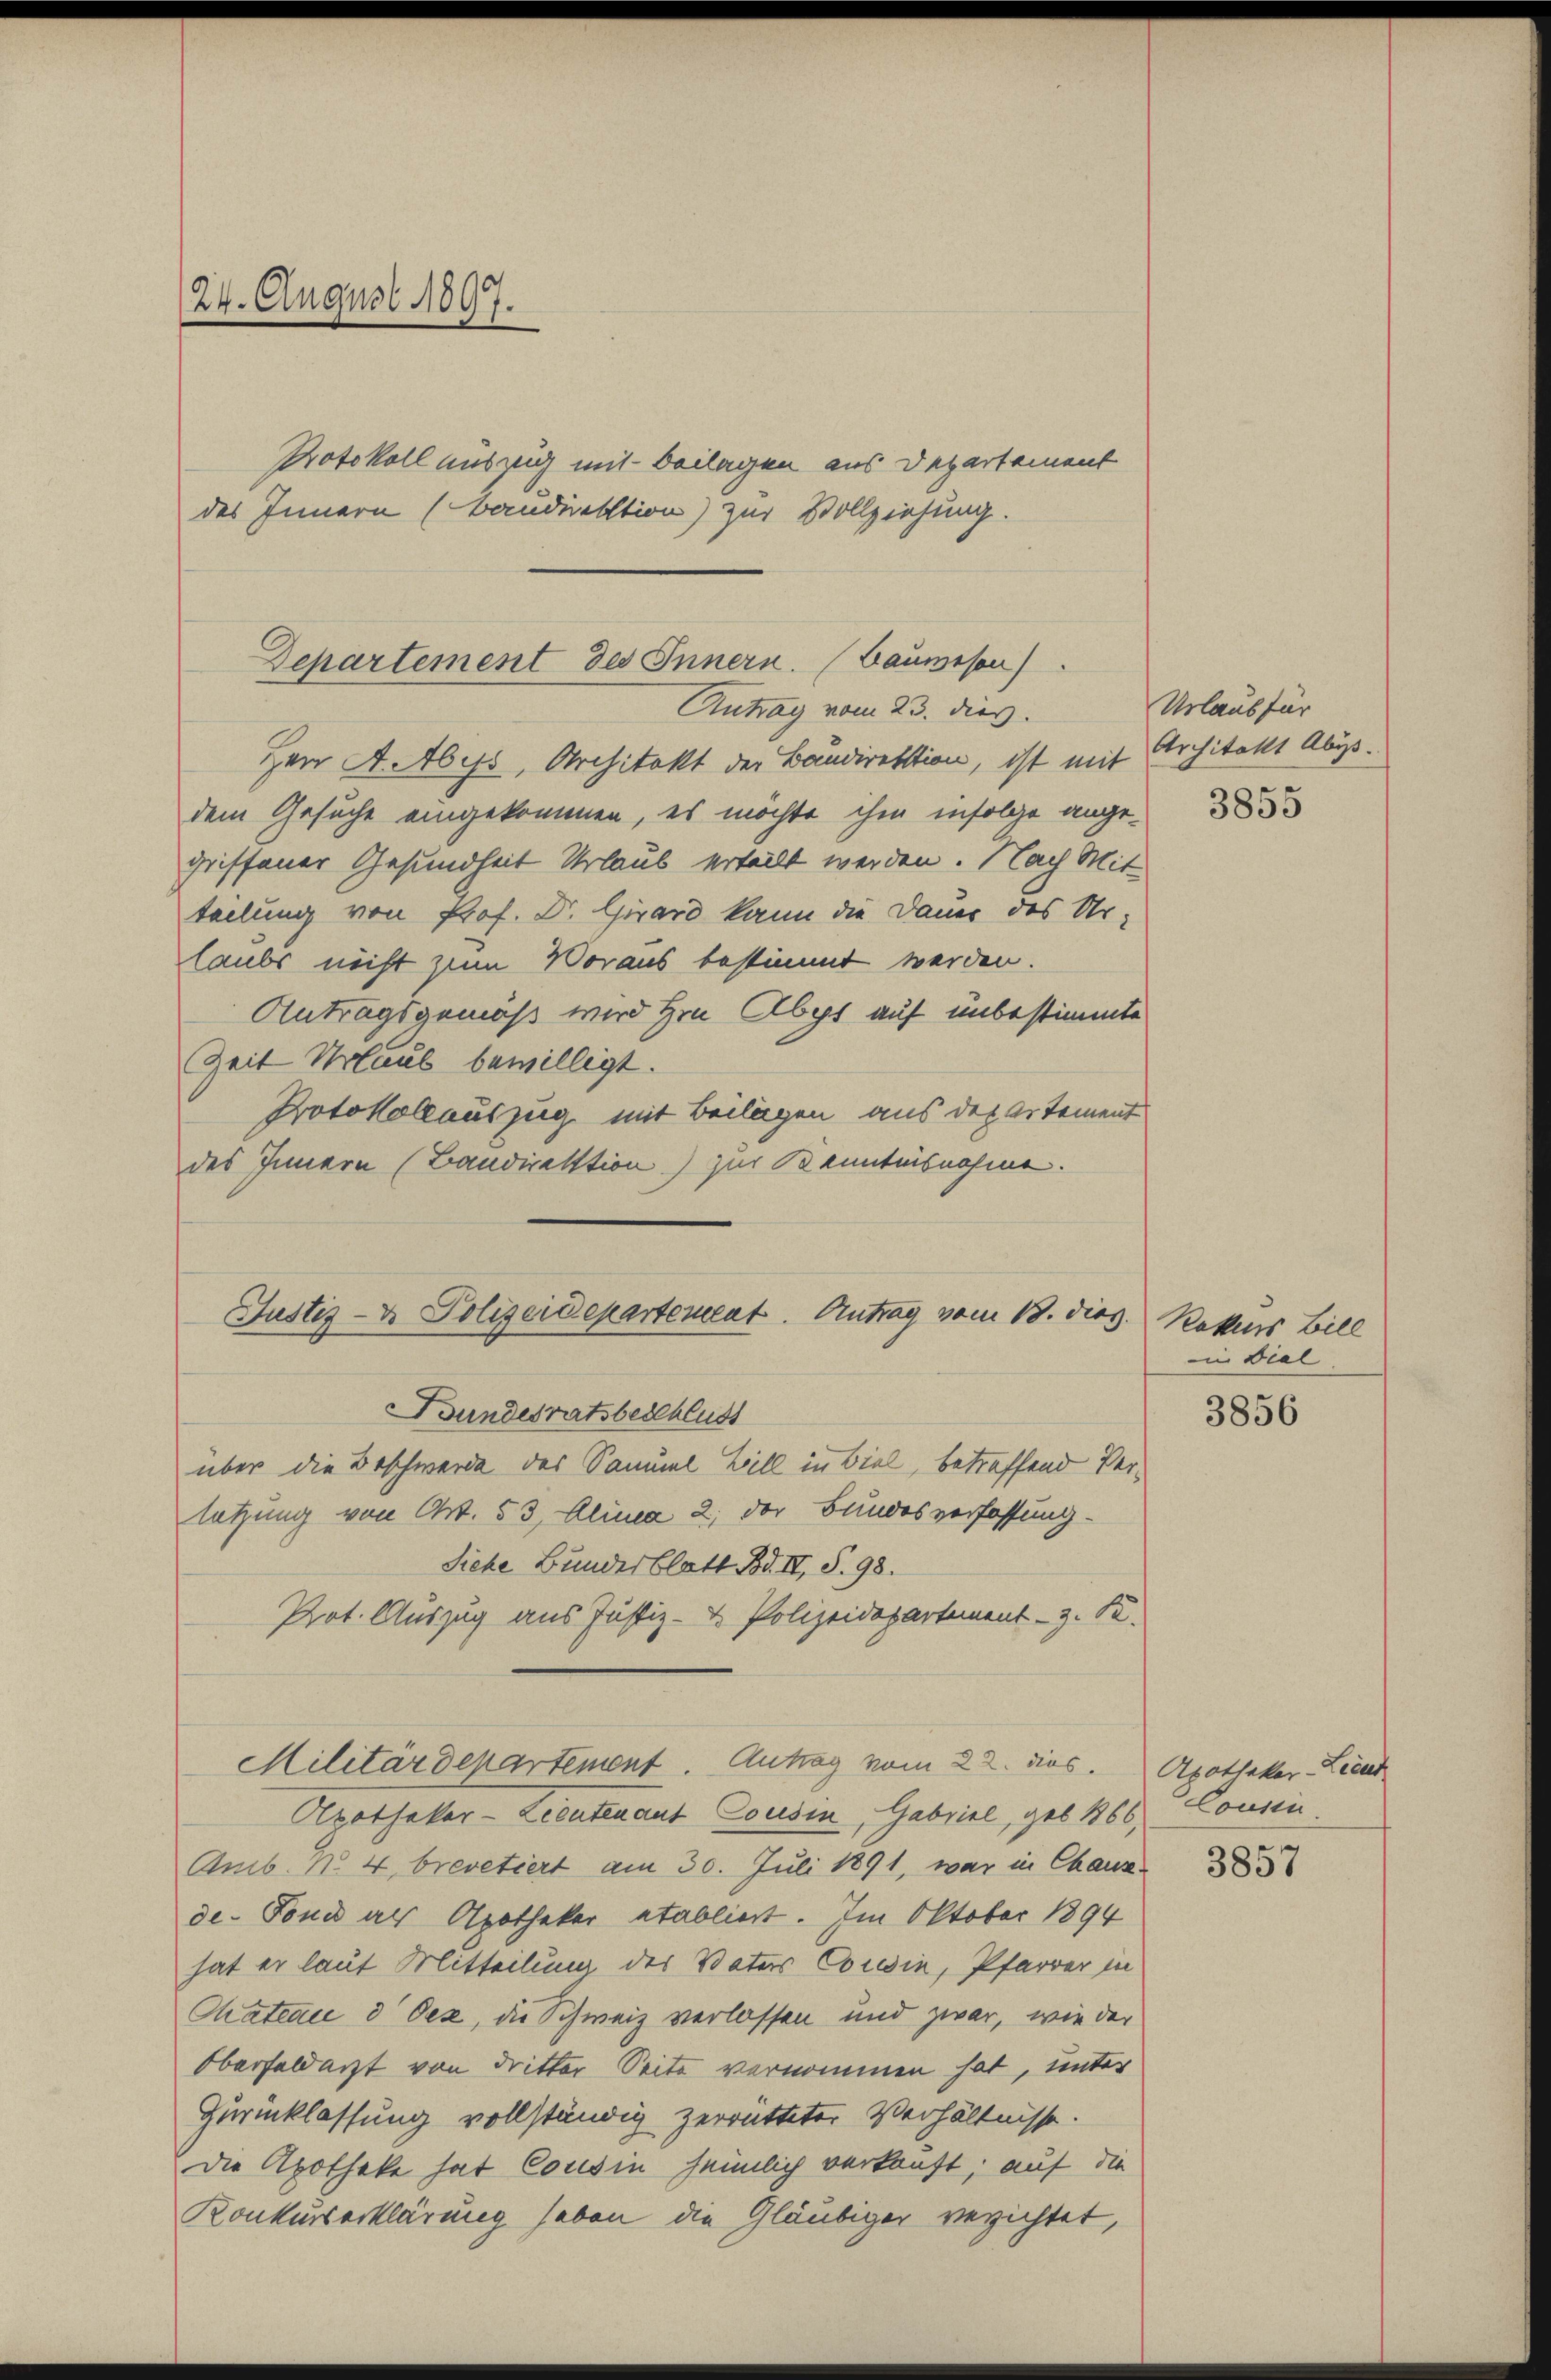
24. August 1897.
Protokoll auszug mit Beilagen aus Departement
des Innern (Baudirektion) zur Vollziehung.

Departement des Innern. (Bauwesen
Antrag vom 23. dies

Justiz- & Polizeidepartement. Antrag vom 13. dies. Rekurs Bill
Bundesratsbeschluss

Militärdepartement. Antrag vom 22. dies Apotheker-Lieut

Hrn A. ab es, Architekt der Baudirektion, ist mit Architekt Abs.
dem Gesuche eingekommen, es möchte ihm infolge angegriffener Gesundheit Urlaub ertellt werden. Nach Mit
teilung von Prof. Dr. Girard kann die Dauer des Ur-
laube nicht zum Voraus bestimmt werden.
Antragsgemäß wird Hrn. Aber auf unbestimmte
Zeit Urlaub bewilligt.
Protokollauszug mit Beilagen aus der Artement
des Innern (Bandirektion) zur Banntnisnahme.

Urlaub für

über die Beschwerde des Samuel Bill in Biel, betreffend Verletzung von Art. 53, Alinea 2; der Bundesverfassung.
Siehe Bundesblatt Bd. II, S. 98.
Prot. Auszug aus Justiz- & Polizeidepartement z. R.
Apothekar-Lieutenant Cousin, Gabriel, geb. 1866,
Amb. No. 4. brevetiert am 30. Juli 1891, war in Chanz.
de. Fond als Apotheker etabliert. Im Oktober 1894
hat er laut Mitteilung des Vaters Cousin, Pfarrer in
Chateau d. Dez, die Schweiz verlassen und zwar, wie der
Oberfeldarzt von dritter Seite vernommen hat, unter
Zurücklassung vollständig zerrütteter Verhältnisse.
Die Apotheke hat Cousin heimlich verkauft; auf die
Konkurserklärung haben die Gläubiger verzichtet,

3855

i Viel

3856

Cousin

3857